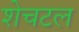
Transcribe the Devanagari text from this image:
शेचटल